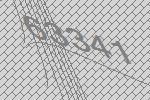
63341